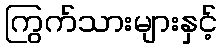
ကြွက်သားများနှင့်